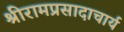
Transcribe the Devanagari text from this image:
श्रीरामप्रसादाचार्य